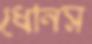
ধোনস